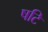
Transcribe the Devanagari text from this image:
षटि